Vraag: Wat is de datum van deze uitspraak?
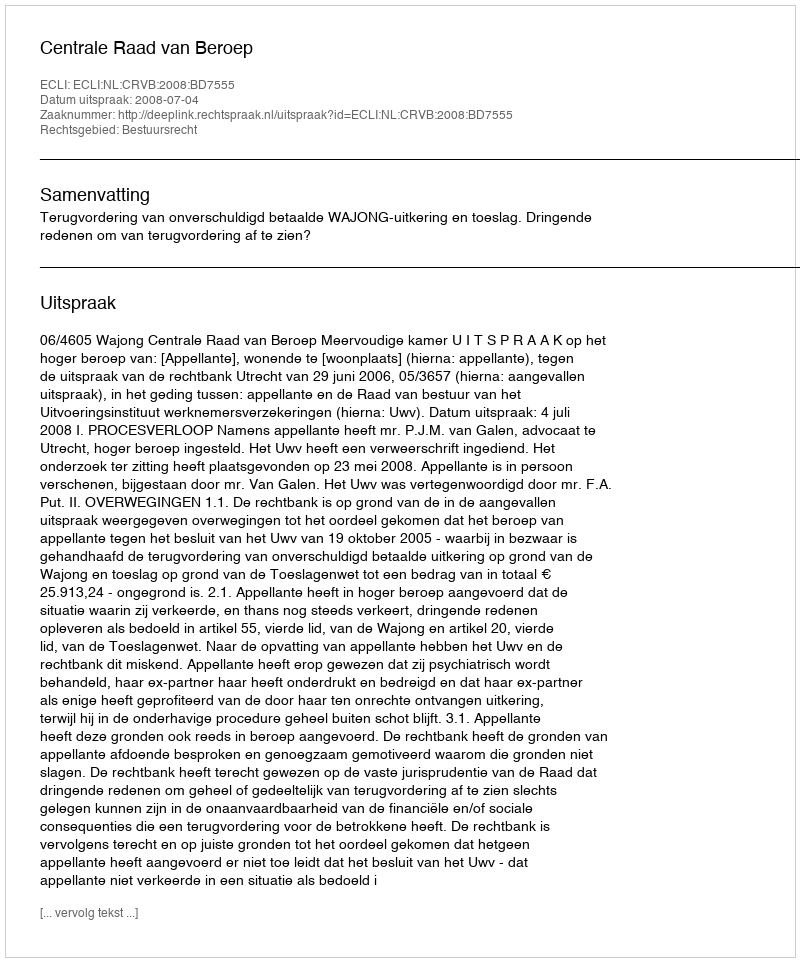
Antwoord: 2008-07-04